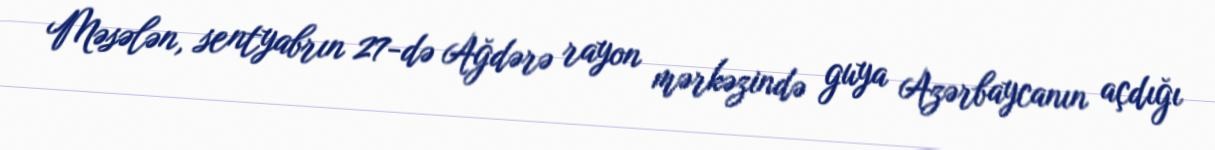
Məsələn, sentyabrın 27-də Ağdərə rayon mərkəzində guya Azərbaycanın açdığı